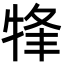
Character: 㸼